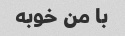
با من خوبه